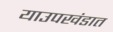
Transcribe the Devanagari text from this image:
याउपखंडात